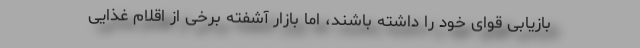
بازیابی قوای خود را داشته باشند، اما بازار آشفته برخی از اقلام غذایی